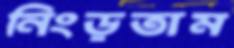
নিংড়তাম